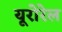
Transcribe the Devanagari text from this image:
यूरोरेल